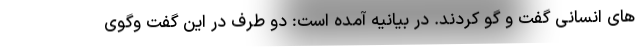
های انسانی گفت و گو کردند. در بیانیه آمده است: دو طرف در این گفت وگوی